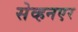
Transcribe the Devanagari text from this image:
सेव्हनएर